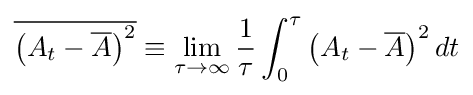
{\overline {\left(A_{t}-{\overline {A}}\right)^{2}}}\equiv \lim _{\tau \to \infty }{\frac {1}{\tau }}\int _{0}^{\tau }\left(A_{t}-{\overline {A}}\right)^{2}dt